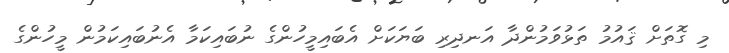
މި ގޮތަށް ޤައުމު ތަޅުވަމުންދާ އަނދިރި ބަޔަކަށް އެބައިމީހުންގެ ނުބައިކަމާ އެނުބައިކަމުން މީހުންގެ